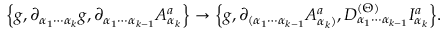
\Big \{ g , \partial _ { \alpha _ { 1 } \cdots \alpha _ { k } } g , \partial _ { \alpha _ { 1 } \cdots \alpha _ { k - 1 } } A _ { \alpha _ { k } } ^ { a } \Big \} \rightarrow \Big \{ g , \partial _ { ( \alpha _ { 1 } \cdots \alpha _ { k - 1 } } A _ { \alpha _ { k } ) } ^ { a } , D _ { \alpha _ { 1 } \cdots \alpha _ { k - 1 } } ^ { ( \Theta ) } I _ { \alpha _ { k } } ^ { a } \Big \} .